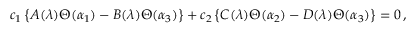
c _ { 1 } \left\{ A ( \lambda ) \Theta ( \alpha _ { 1 } ) - B ( \lambda ) \Theta ( \alpha _ { 3 } ) \right\} + c _ { 2 } \left\{ C ( \lambda ) \Theta ( \alpha _ { 2 } ) - D ( \lambda ) \Theta ( \alpha _ { 3 } ) \right\} = 0 \, ,